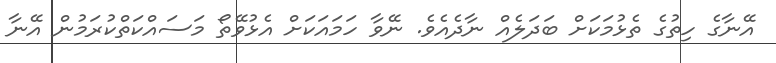
އޭނާގެ ހިތުގެ ތެޅުމަކަށް ބަދަލެއް ނާދެއެވެ. ނޭވާ ހަމައަކަށް އެޅުވޭތޯ މަސައްކަތްކުރަމުން އޭނާ